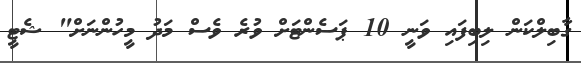
ގާބިލްކަން ލިބިފައި ވަނީ 10 ޕަސެންޓަށް ވުރެ ވެސް މަދު މީހުންނަށް" ޝެޓީ